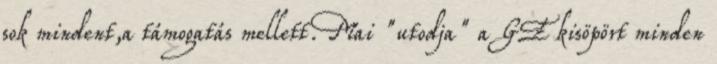
sok mindent,a támogatás mellett.Mai "utodja" a GE kisöpört minden